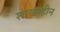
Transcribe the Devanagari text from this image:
शाखाहीन